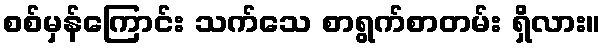
စစ်မှန်ကြောင်း သက်သေ စာရွက်စာတမ်း ရှိလား။